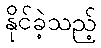
နိုင်ခဲ့သည့်